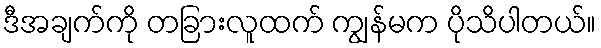
ဒီအချက်ကို တခြားလူထက် ကျွန်မက ပိုသိပါတယ်။